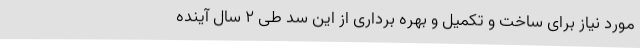
مورد نیاز برای ساخت و تکمیل و بهره برداری از این سد طی ۲ سال آینده